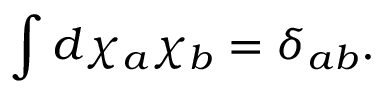
\int d \chi _ { a } \chi _ { b } = \delta _ { a b } .